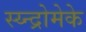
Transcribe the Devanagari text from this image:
स्य्न्द्रोमेके